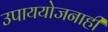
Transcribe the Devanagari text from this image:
उपाययोजनाही